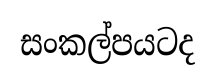
සංකල්පයටද